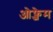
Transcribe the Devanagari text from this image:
ओफ्जेम